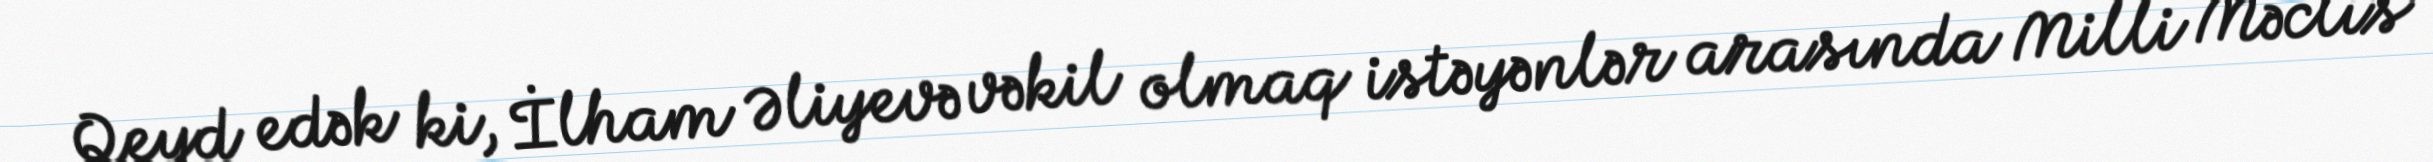
Qeyd edək ki, İlham Əliyevə vəkil olmaq istəyənlər arasında Milli Məclis